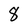
Character: 8